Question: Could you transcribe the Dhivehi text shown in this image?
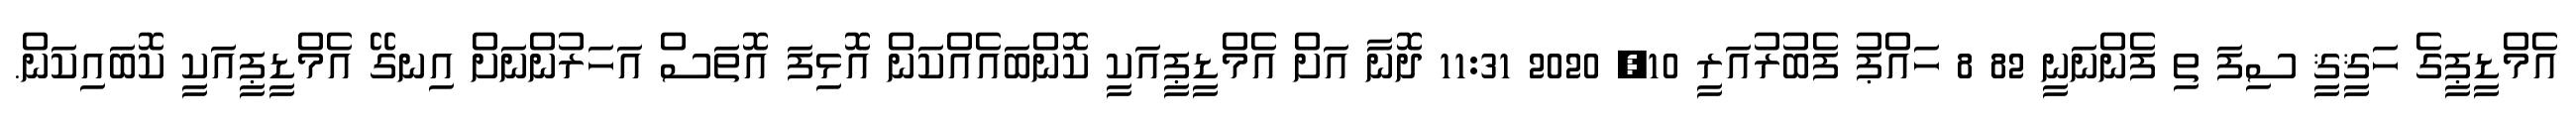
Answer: އެމްޑީޕީގެ ހަޤީޤީ ސިފަ ތި ފެންނަނީ 82 8 ހައްޕު ފެބުރުއަރީ 10, 2020 11:31 ދޮނާ އަށް އެމްޑީޕީއަކީ ކޮންބައެއްކަން އޮޅިފަ އޮތަސް އަހަރުންނަށް އިނގޭ އެމްޑީޕީއަކީ ކޮބައިކަން.